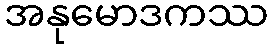
အနုမောဒကဿ